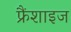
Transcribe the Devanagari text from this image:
फ्रैंशाइज